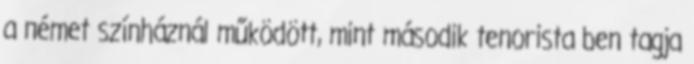
a német színháznál működött, mint második tenorista ben tagja